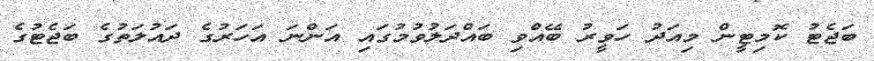
ބަޖެޓު ކޮމިޓީން މިއަދު ހަވީރު ބޭއްވި ބައްދަލުވުމުގައި އަންނަ އަހަރުގެ ދައުލަތުގެ ބަޖެޓުގެ